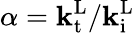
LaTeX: \alpha=\mathbf{k}_{\mathrm{{t}}}^{\mathrm{{L}}}/\mathbf{k}_{\mathrm{{i}}}^{\mathrm{{L}}}